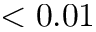
< 0 . 0 1